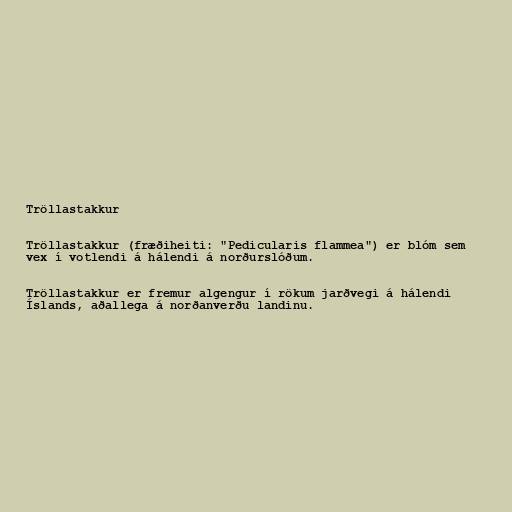
Tröllastakkur

Tröllastakkur (fræðiheiti: "Pedicularis flammea") er blóm sem
vex í votlendi á hálendi á norðurslóðum.

Tröllastakkur er fremur algengur í rökum jarðvegi á hálendi
Íslands, aðallega á norðanverðu landinu.